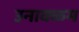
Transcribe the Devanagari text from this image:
उनाक्कम